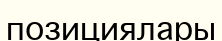
позициялары